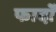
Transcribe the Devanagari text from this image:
फार्दों